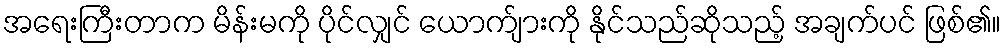
အရေးကြီးတာက မိန်းမကို ပိုင်လျှင် ယောက်ျားကို နိုင်သည်ဆိုသည့် အချက်ပင် ဖြစ်၏။